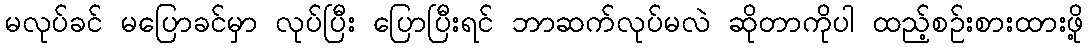
မလုပ်ခင် မပြောခင်မှာ လုပ်ပြီး ပြောပြီးရင် ဘာဆက်လုပ်မလဲ ဆိုတာကိုပါ ထည့်စဉ်းစားထားဖို့